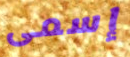
إسمى